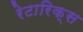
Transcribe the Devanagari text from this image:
रेटारिक्स